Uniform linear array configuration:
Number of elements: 12
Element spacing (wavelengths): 1
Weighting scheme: exponential
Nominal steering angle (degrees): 0
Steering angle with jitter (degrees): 1.553
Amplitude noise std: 0.05
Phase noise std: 0.05

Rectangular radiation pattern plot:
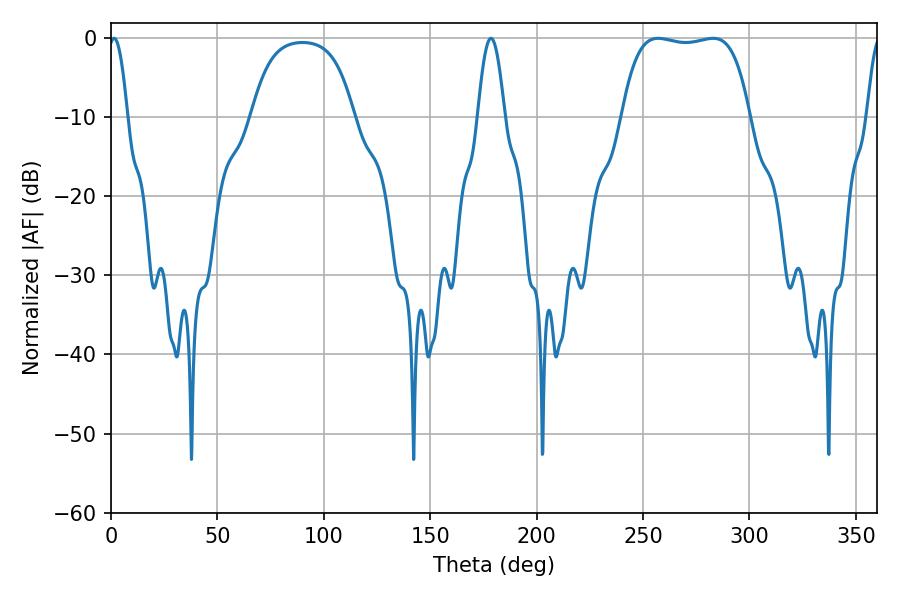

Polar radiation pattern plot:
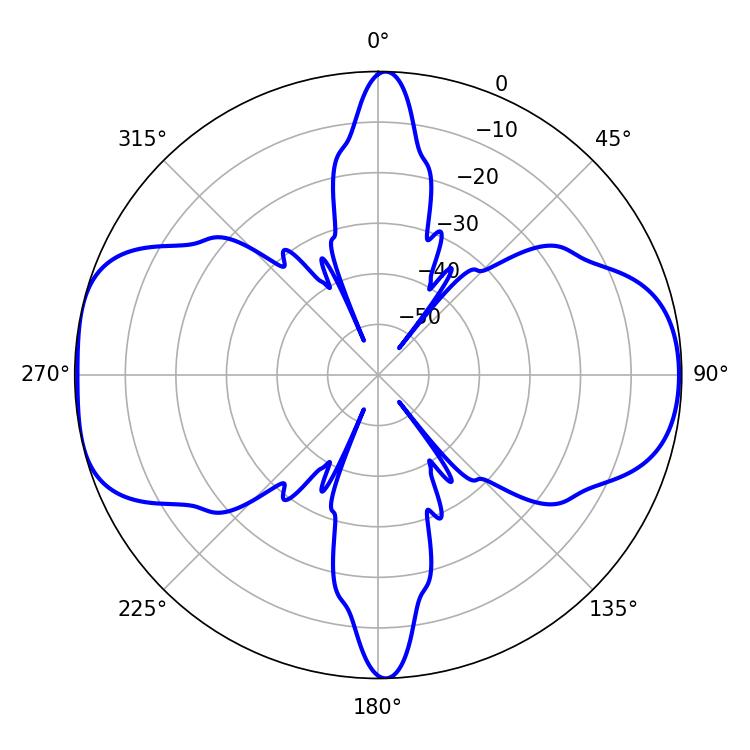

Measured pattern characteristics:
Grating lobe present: TRUE
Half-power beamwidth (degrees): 47.52
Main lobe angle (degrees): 257.04